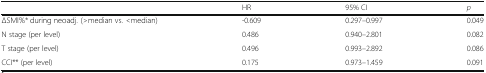
|  | HR | 95% CI | p |
 | --- | --- | --- | --- |
 | ΔSMI%* during neoadj. (>median vs. <median) | -0.609 | 0.297–0.997 | 0.049 |
 | N stage (per level) | 0.486 | 0.940–2.801 | 0.082 |
 | T stage (per level) | 0.496 | 0.993–2.892 | 0.086 |
 | CCI** (per level) | 0.175 | 0.973–1.459 | 0.091 |